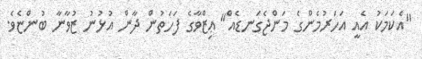
"އެކަމަކު އެއީ އަހަރުމެންގެ މަންޖެގަނޑެއް" ޢިޒްވާގެ ފަހަތުން ދާން އުޅުނު ޒުވާނާ ބުންޏެވެ.